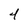
Character: 4